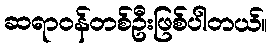
ဆရာဝန်တစ်ဦးဖြစ်ပါတယ်။